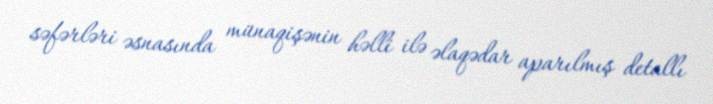
səfərləri əsnasında münaqişənin həlli ilə əlaqədar aparılmış detallı